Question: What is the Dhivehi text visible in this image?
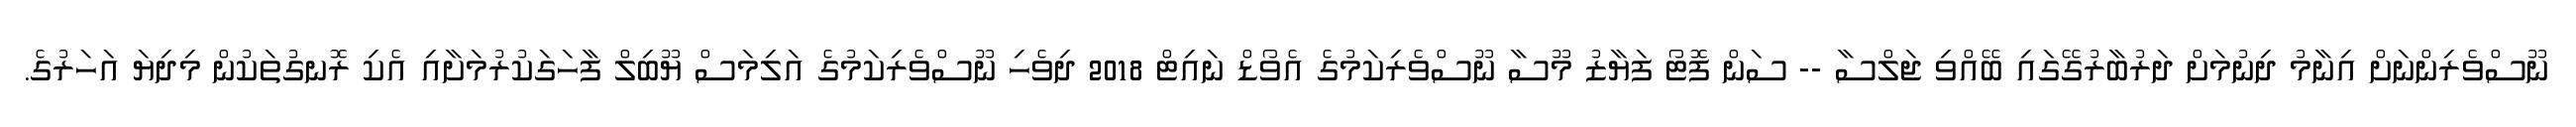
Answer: ނޫސްވެރިންނަށް އިނާމު ދިނުމަށް ދަރުބާރުގޭގައި ބޭއްވި ޖަލްސާ -- ސަން ފޮޓޯ ފަޔާޒު މޫސާ ނޫސްވެރިކަމުގެ އެވޯޑް ނައިޓް 2018 ދިވެހި ނޫސްވެރިކަމުގެ އަލިމަސް ޔޫބިލް ފާހަގަކުރުމަށާއި އެކި ރޮނގުތަކުން މިދިޔަ އަހަރުގެ.